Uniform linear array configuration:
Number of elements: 12
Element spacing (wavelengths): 0.75
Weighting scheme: uniform
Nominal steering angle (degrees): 30
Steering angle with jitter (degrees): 30.513
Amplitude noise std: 0.05
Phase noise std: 0.05

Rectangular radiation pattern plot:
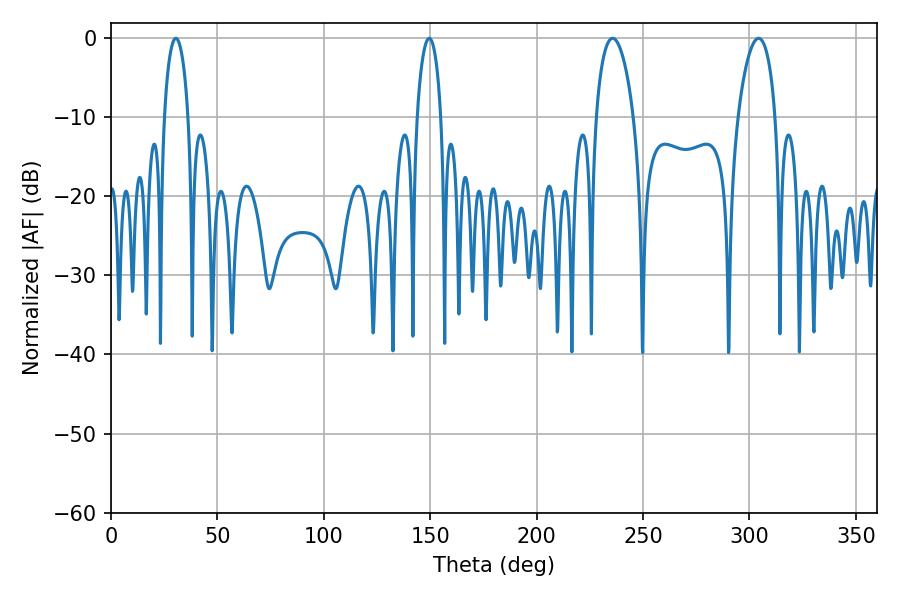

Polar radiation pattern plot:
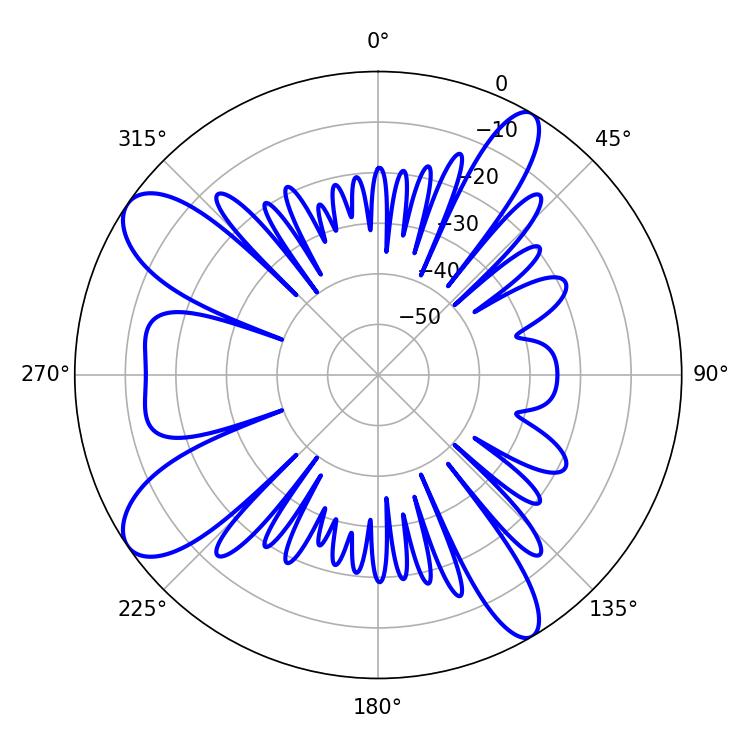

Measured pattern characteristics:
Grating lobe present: TRUE
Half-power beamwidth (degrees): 9.9
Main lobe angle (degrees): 304.38